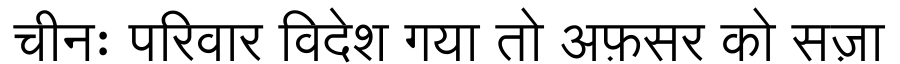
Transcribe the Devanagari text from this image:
चीनः परिवार विदेश गया तो अफ़सर को सज़ा